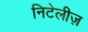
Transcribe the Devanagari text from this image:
निटेलीज़